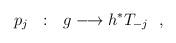
LaTeX: \begin{align*}p_{j}\ \ :\ \ g\longrightarrow h^{*}T_{-j}\ \ ,\end{align*}